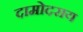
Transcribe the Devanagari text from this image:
दामोदराय